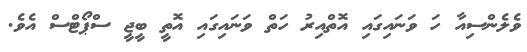
ވެލެންސިއާ ހަ ވަނައިގައި އޮތްއިރު ހަތް ވަަނައިގައި އޮތީ ބީޖީ ސްޕޯޓްސް އެވެ.